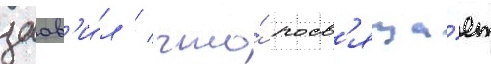
заав'и́л / что́ посв'яща́ет